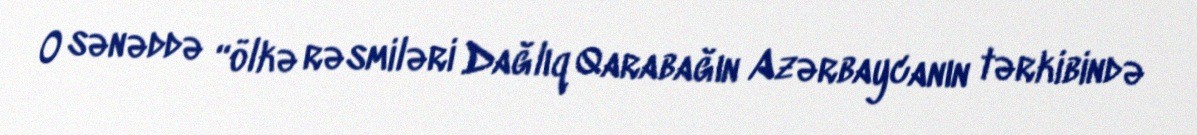
O sənəddə “ölkə rəsmiləri Dağlıq Qarabağın Azərbaycanın tərkibində